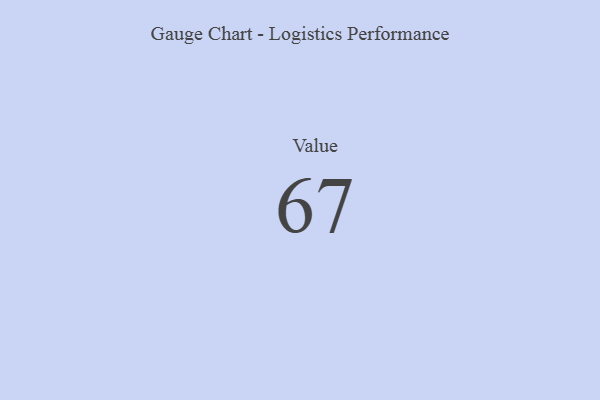
{"axis": {"x": "Metric", "y": "Value"}, "legend": [""], "data": [{"x": "Value", "y": 67, "type": ""}]}